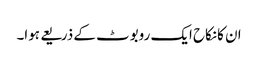
ان کانکاح ایک روبوٹ کے ذریعے ہوا۔